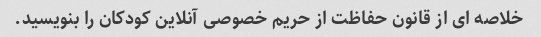
خلاصه ای از قانون حفاظت از حریم خصوصی آنلاین کودکان را بنویسید.